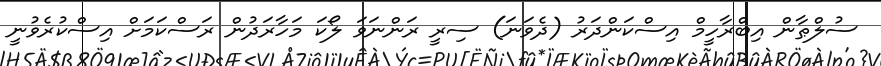
ސުލްޠާން އިބްރާހީމް އިސްކަންދަރު (ދެވަނަ) ސިރީ ރަންނަވަ ލޯކަ މަހާރަދުން ރަސްކަމަށް އިސްކުރެވުނީ